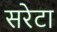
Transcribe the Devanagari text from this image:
सरेटा